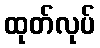
ထုတ်လုပ်